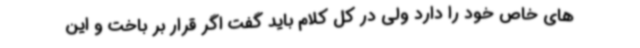
های خاص خود را دارد ولی در کل کلام باید گفت اگر قرار بر باخت و این